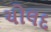
ચોલદ